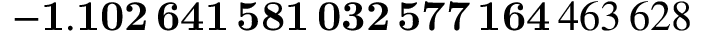
\mathbf { - 1 . 1 0 2 \, 6 4 1 \, 5 8 1 \, 0 3 2 \, 5 7 7 \, 1 6 4 } \, 4 6 3 \, 6 2 8